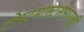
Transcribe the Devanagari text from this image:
टोस्टमास्टर्ससारखी